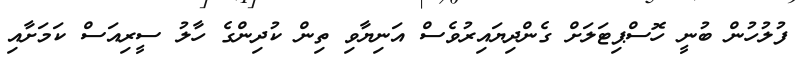
ފުލުހުން ބުނީ ހޮސްޕިޓަލަށް ގެންދިޔައިރުވެސް އަނިޔާވި ތިން ކުދިންގެ ހާލު ސީރިއަސް ކަމަށާއި